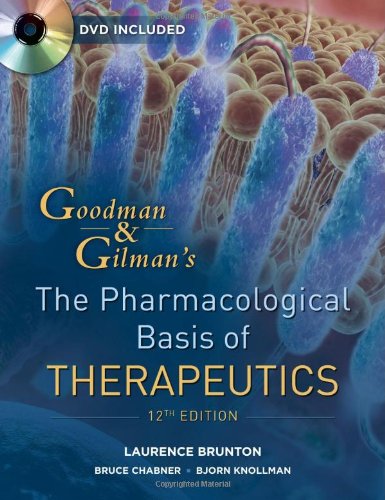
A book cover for Goodman and Gilman's The Pharmacological Basis of Therapeutics, Twelfth Edition; Laurence Brunton; Medical Books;